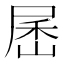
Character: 𰍾